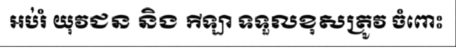
អប់រំ យុវជន និង កីឡា ទទួលខុសត្រូវ ចំពោះ